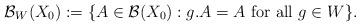
LaTeX: \begin{align*}\mathcal{B}_{W}(X_{0}):=\{A\in\mathcal{B}(X_{0}):g.A=A\mbox{ for all }g\in W\}.\end{align*}